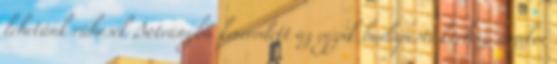
lehetünk rühesek Botrányba keveredett az egyik budapesti kórház, amikor